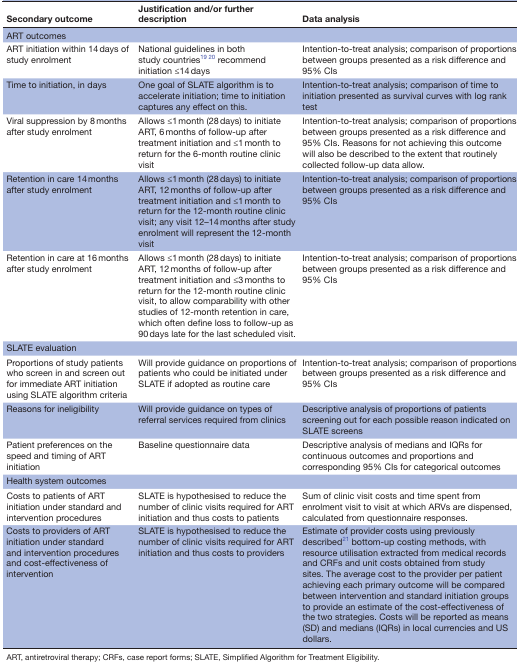
<table><thead><tr><td><b>Secondary outcome</b></td><td><b>Justification and/or further description</b></td><td><b>Data analysis</b></td></tr></thead><tbody><tr><td>ART outcomes</td><td></td><td></td></tr><tr><td>ART initiation within 14 days of study enrolment</td><td>National guidelines in both study countries19 20 recommend initiation ≤14 days</td><td>Intention-to-treat analysis; comparison of proportions between groups presented as a risk difference and 95% CIs</td></tr><tr><td>Time to initiation, in days</td><td>One goal of SLATE algorithm is to accelerate initiation; time to initiation captures any effect on this.</td><td>Intention-to-treat analysis; comparison of time to initiation presented as survival curves with log rank test</td></tr><tr><td>Viral suppression by 8 months after study enrolment</td><td>Allows ≤1 month (28 days) to initiate ART, 6 months of follow-up after treatment initiation and ≤1 month to return for the 6-month routine clinic visit</td><td>Intention-to-treat analysis; comparison of proportions between groups presented as a risk difference and 95% CIs. Reasons for not achieving this outcome will also be described to the extent that routinely collected follow-up data allow.</td></tr><tr><td>Retention in care 14 months after study enrolment</td><td>Allows ≤1 month (28 days) to initiate ART, 12 months of follow-up after treatment initiation and ≤1 month to return for the 12-month routine clinic visit; any visit 12–14 months after study enrolment will represent the 12-month visit</td><td>Intention-to-treat analysis; comparison of proportions between groups presented as a risk difference and 95% CIs</td></tr><tr><td>Retention in care at 16 months after study enrolment</td><td>Allows ≤1 month (28 days) to initiate ART, 12 months of follow-up after treatment initiation and ≤3 months to return for the 12-month routine clinic visit, to allow comparability with other studies of 12-month retention in care, which often define loss to follow-up as 90 days late for the last scheduled visit.</td><td>Intention-to-treat analysis; comparison of proportions between groups presented as a risk difference and 95% CIs</td></tr><tr><td>SLATE evaluation</td><td></td><td></td></tr><tr><td>Proportions of study patients who screen in and screen out for immediate ART initiation using SLATE algorithm criteria</td><td>Will provide guidance on proportions of patients who could be initiated under SLATE if adopted as routine care</td><td>Intention-to-treat analysis; comparison of proportions between groups presented as a risk difference and 95% CIs</td></tr><tr><td>Reasons for ineligibility</td><td>Will provide guidance on types of referral services required from clinics</td><td>Descriptive analysis of proportions of patients screening out for each possible reason indicated on SLATE screens</td></tr><tr><td>Patient preferences on the speed and timing of ART initiation</td><td>Baseline questionnaire data</td><td>Descriptive analysis of medians and IQRs for continuous outcomes and proportions and corresponding 95% CIs for categorical outcomes</td></tr><tr><td>Health system outcomes</td><td></td><td></td></tr><tr><td>Costs to patients of ART initiation under standard and intervention procedures</td><td>SLATE is hypothesised to reduce the number of clinic visits required for ART initiation and thus costs to patients</td><td>Sum of clinic visit costs and time spent from enrolment visit to visit at which ARVs are dispensed, calculated from questionnaire responses.</td></tr><tr><td>Costs to providers of ART initiation under standard and intervention procedures and cost-effectiveness of intervention</td><td>SLATE is hypothesised to reduce the number of clinic visits required for ART initiation and thus costs to providers</td><td>Estimate of provider costs using previously described21 bottom-up costing methods, with resource utilisation extracted from medical records and CRFs and unit costs obtained from study sites. The average cost to the provider per patient achieving each primary outcome will be compared between intervention and standard initiation groups to provide an estimate of the cost-effectiveness of the two strategies. Costs will be reported as means (SD) and medians (IQRs) in local currencies and US dollars.</td></tr></tbody></table>